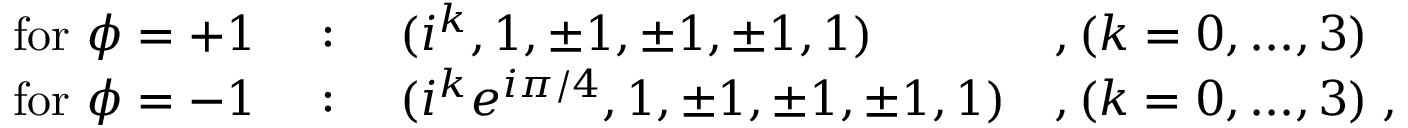
\begin{array} { l l l l } { { \mathrm { f o r ~ } \phi = + 1 } } & { { ~ : ~ } } & { { ( i ^ { k } , 1 , \pm 1 , \pm 1 , \pm 1 , 1 ) } } & { { , ( k = 0 , . . . , 3 ) } } \\ { { \mathrm { f o r ~ } \phi = - 1 } } & { { ~ : ~ } } & { { ( i ^ { k } e ^ { i \pi / 4 } , 1 , \pm 1 , \pm 1 , \pm 1 , 1 ) } } & { { , ( k = 0 , . . . , 3 ) \; , } } \end{array}